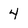
Character: 4